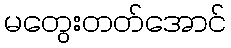
မတွေးတတ်အောင်